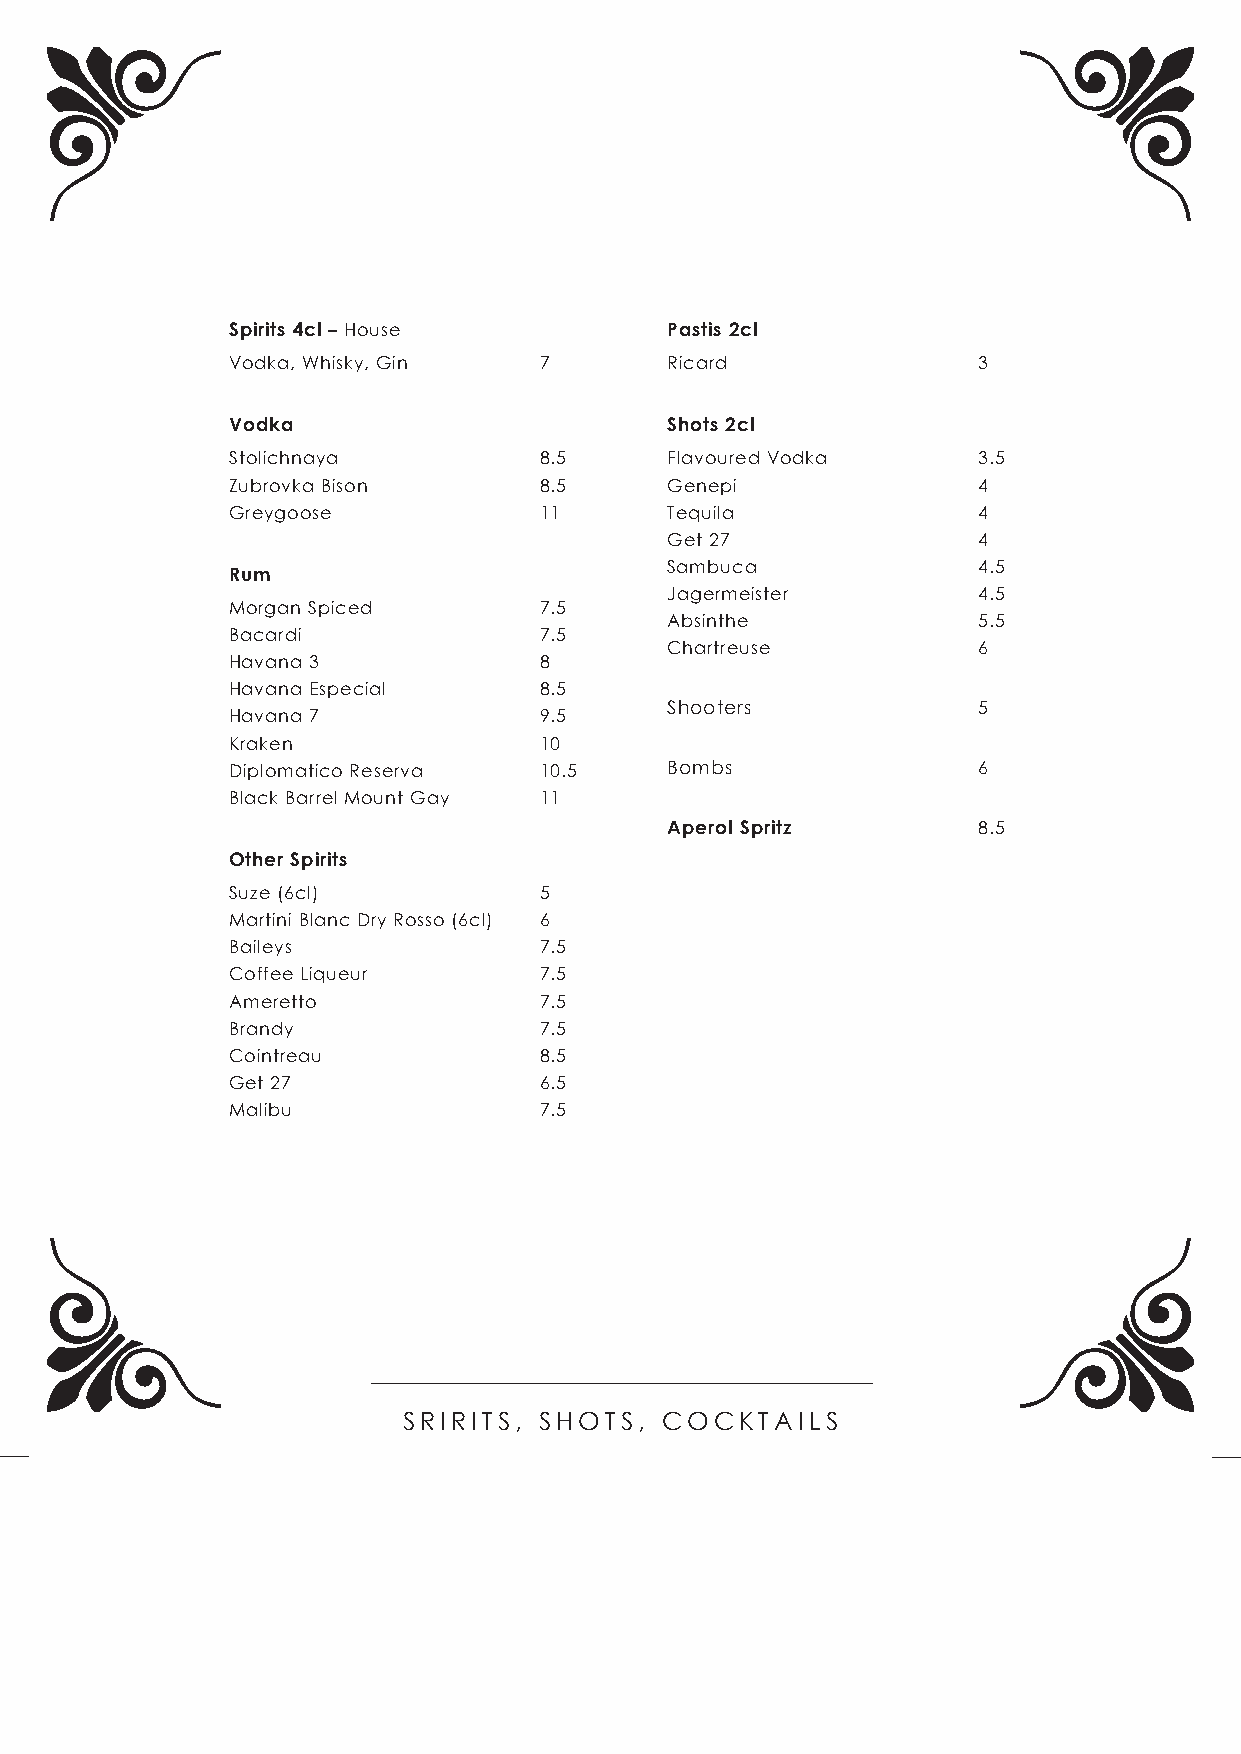
Spirits 4cl – House          Pastis 2cl
 Vodka, Whisky, Gin   7       Ricard               3
 Vodka                        Shots 2cl
 Stolichnaya          8.5     Flavoured Vodka      3.5
 Zubrovka Bison       8.5     Genepi               4
 Greygoose            11      Tequila              4
 Get 27               4
 Sambuca              4.5
 Rum
 Jagermeister         4.5
 Morgan Spiced        7.5
 Absinthe             5.5
 Bacardi              7.5
 Chartreuse           6
 Havana 3             8
 Havana Especial      8.5
 Shooters             5
 Havana 7             9.5
 Kraken               10
 Diplomatico Reserva  10.5    Bombs                6
 Black Barrel Mount Gay 11
 Aperol Spritz        8.5
 Other Spirits
 Suze (6cl)           5
 Martini Blanc Dry Rosso (6cl) 6
 Baileys              7.5
 Coffee Liqueur       7.5
 Ameretto             7.5
 Brandy               7.5
 Cointreau            8.5
 Get 27               6.5
 Malibu               7.5
 SRIRITS, SHOTS,  COCKTAILS